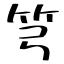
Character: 𥫤